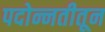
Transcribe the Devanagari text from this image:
पदोन्नतीतून